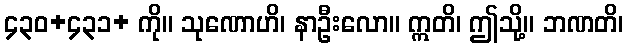
၄၃၀+၄၃၁+ ကို။ သုဏောဟိ၊ နာဦးလော။ ဣတိ၊ ဤသို့။ ဘဏတိ၊